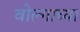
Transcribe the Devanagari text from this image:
वोल्गाच्या